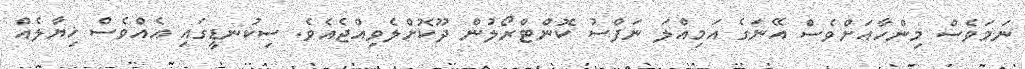
ނަމަވެސް މިންހާއަށްވެސް އޭނަގެ އަމިއްލަ ނަފްސު ކޮންޓްރޯލުން ދޫކޮށްލެވިއްޖެއެވެ. ސިކުނޑީގައި އެއްވެސް ޚިޔާލެއް